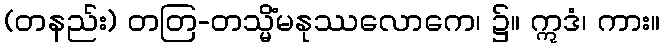
(တနည်း) တတြ-တသ္မိံမနုဿလောကေ၊ ၌။ ဣဒံ၊ ကား။